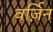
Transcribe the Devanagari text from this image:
वर्ज़िन